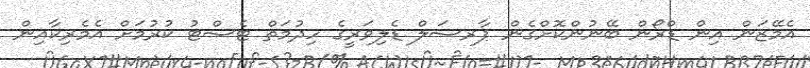
އެމޭޒަން އިން ޑްރޯން ބޭނުންކޮށްގެން ޕާރސަލް ޑެލިވަރީގެ ހިދުމަތް ޓެސްޓު ކުރުމަށް އެމެރިކާއިން